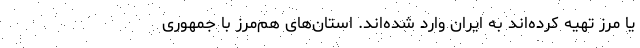
یا مرز تهیه کرده‌اند به ایران وارد شده‌اند. استان‌های هم‌مرز با جمهوری